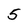
Character: 5